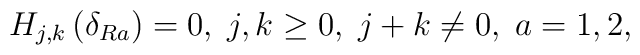
H_{j,k}\left( \delta _{Ra}\right) =0,\;j,k\geq 0,\;j+k\neq 0,\;a=1,2,